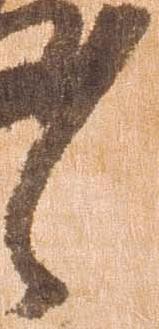
々